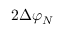
2 \Delta { { \varphi } _ { N } }